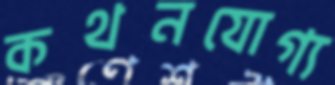
কথনযোগ্য